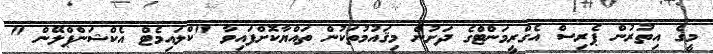
މީގެ އިތުރުން ޕެރިސް އެގްރީމަންޓްގެ ދަށުން މިޤައުމުތަކުން ތައްޔާކޮށްފައިވާ "ކްލައިމެޓް އެކްޝަންޕްލޭން "